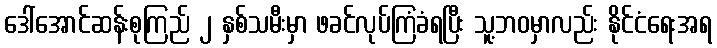
ဒေါ်အောင်ဆန်းစုကြည် ၂ နှစ်သမီးမှာ ဖခင်လုပ်ကြံခံရပြီး သူ့ဘဝမှာလည်း နိုင်ငံရေးအရ